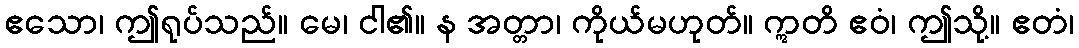
ဧသော၊ ဤရုပ်သည်။ မေ၊ ငါ၏။ န အတ္တာ၊ ကိုယ်မဟုတ်။ ဣတိ ဧဝံ၊ ဤသို့။ ဧတံ၊